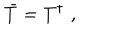
\bar { T } = T ^ { \dagger } \, \, ,